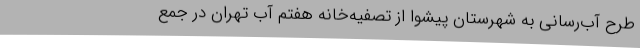
طرح آب‌رسانی به شهرستان پیشوا از تصفیه‌خانه هفتم آب تهران در جمع